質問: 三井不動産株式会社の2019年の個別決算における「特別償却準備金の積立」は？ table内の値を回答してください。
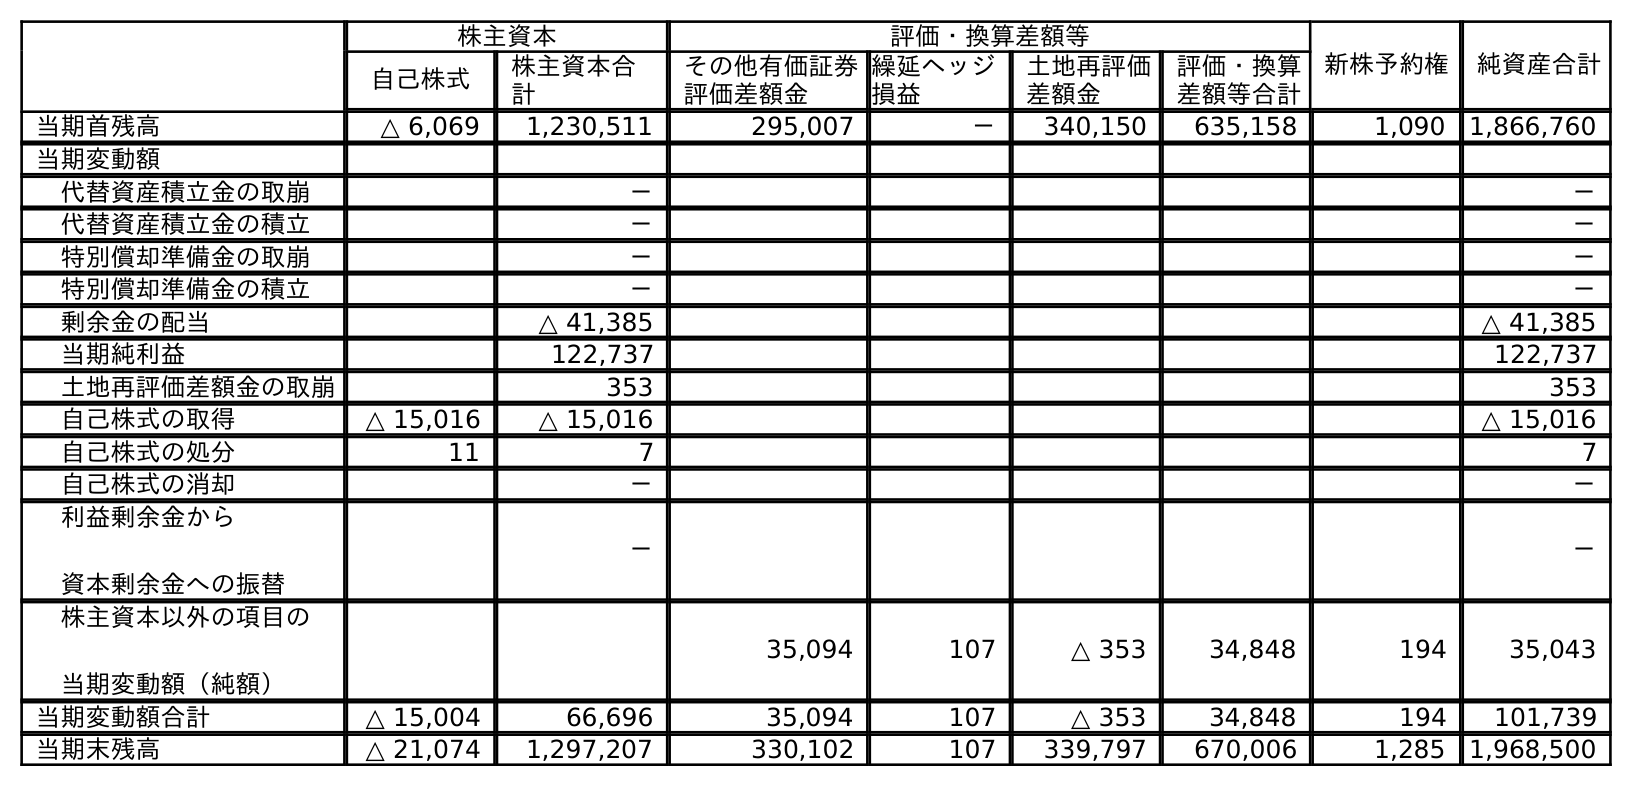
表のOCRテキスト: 株主資本 評価・換算差額等 新株予約権 純資産合計 自己株式 株主資本合 計 その他有価証券 評価差額金 繰延ヘッジ 損益 土地再評価 差額金 評価・換算 差額等合計 当期首残高 △ 6,069 1,230,511 295,007 － 340,150 635,158 1,090 1,866,760 当期変動額 代替資産積立金の取崩 － － 代替資産積立金の積立 － － 特別償却準備金の取崩 － － 特別償却準備金の積立 － － 剰余金の配当 △ 41,385 △ 41,385 当期純利益 122,737 122,737 土地再評価差額金の取崩 353 353 自己株式の取得 △ 15,016 △ 15,016 △ 15,016 自己株式の処分 11 7 7 自己株式の消却 － － 利益剰余金から 資本剰余金への振替 － － 株主資本以外の項目の 当期変動額（純額） 35,094 107 △ 353 34,848 194 35,043 当期変動額合計 △ 15,004 66,696 35,094 107 △ 353 34,848 194 101,739 当期末残高 △ 21,074 1,297,207 330,102 107 339,797 670,006 1,285 1,968,500
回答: －